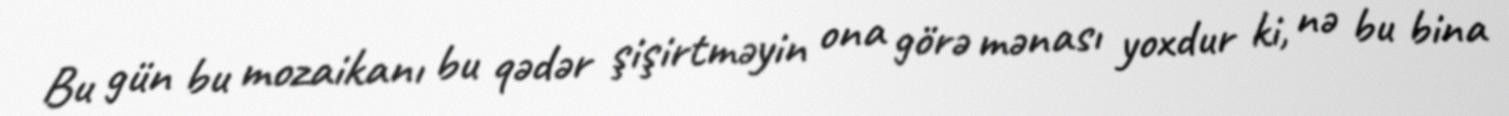
Bu gün bu mozaikanı bu qədər şişirtməyin ona görə mənası yoxdur ki, nə bu bina